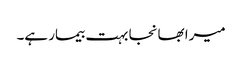
میرا بھانجا بہت بیمار ہے۔